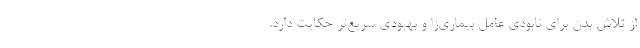
از تلاش بدن برای نابودی عامل بیماری‌زا و بهبودی سریع‌تر حکایت دارد.